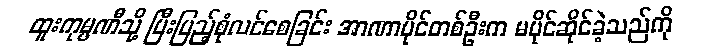
ထူးကုမ္ပဏီသို့ ပြီးပြည့်စုံလင်စေခြင်း အာဏာပိုင်တစ်ဦးက မပိုင်ဆိုင်ခဲ့သည်ကို